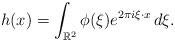
LaTeX: \begin{align*}h(x) = \int_{\mathbb{R}^2} \phi(\xi) e^{2\pi i \xi \cdot x} \, d\xi.\end{align*}